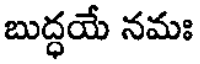
బుద్ధయే నమః